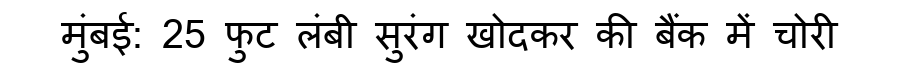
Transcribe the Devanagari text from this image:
मुंबई: 25 फुट लंबी सुरंग खोदकर की बैंक में चोरी